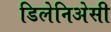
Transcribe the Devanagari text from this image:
डिलेनिअेसी